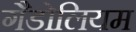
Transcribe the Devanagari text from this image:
गैडोलियम